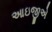
આઇજીએ